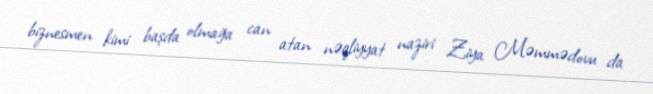
biznesmen kimi başda olmağa can atan nəqliyyat naziri Ziya Məmmədovu da